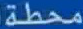
محطة